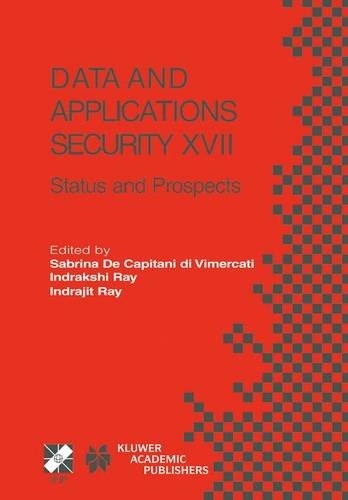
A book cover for Data and Applications Security XVII: Status and Prospects (IFIP Advances in Information and Communication Technology); Computers & Technology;